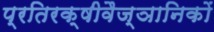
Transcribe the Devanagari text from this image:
प्रतिरक्षीवैज्ञानिकों